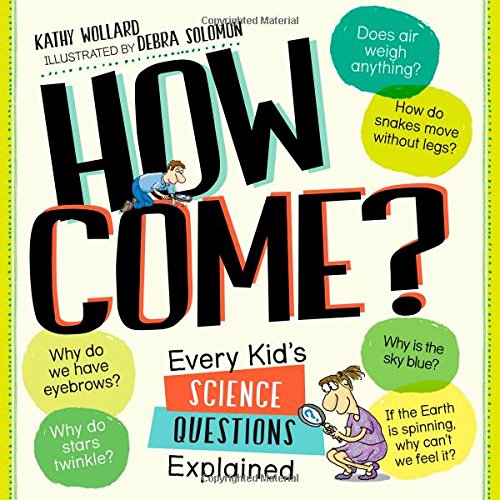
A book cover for How Come?: Every Kid's Science Questions Explained; Kathy Wollard; Children's Books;